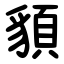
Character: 䫉